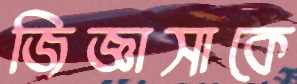
জিজ্ঞাসাকে